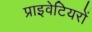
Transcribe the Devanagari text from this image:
प्राइवेटियरों